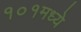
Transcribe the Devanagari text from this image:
१०१मध्ये